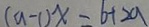
( a - 1 ) x = b + 2 a